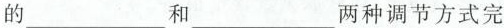
的___和___两种调节方式完